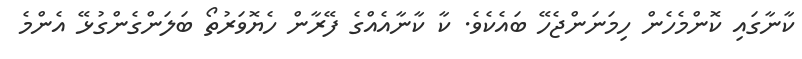
ކާނާގައި ކޮންމެހެން ހިމަނަންޖެހޭ ބައެކެވެ. ކާ ކާނާއެއްގެ ފޭރާން ހެޔޮވަރުތޯ ބަލަންގެންގުޅޭ އެންމެ